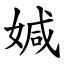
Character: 㛾